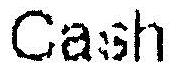
CASH